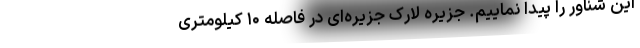
این شناور را پیدا نماییم. جزیره لارک جزیره‌ای در فاصله ۱۰ کیلومتری